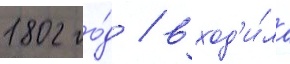
1802 го́д / вход'и́ла